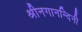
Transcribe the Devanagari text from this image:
श्रीनगानन्दिनी